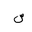
Letter: _sin